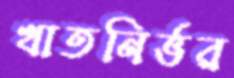
খাতনির্ভর